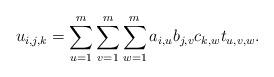
LaTeX: \begin{align*} u_{i,j,k} = \sum_{u = 1}^m \sum_{v = 1}^m \sum_{w = 1}^m a_{i,u} b_{j,v} c_{k,w} t_{u,v,w}.\end{align*}